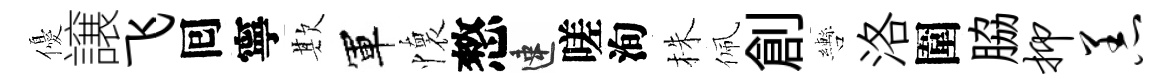
優譲飞囘寧欺軍懷憗速嗟洵株佩創轡洛圍脇抑恙